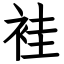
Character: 袿